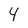
Character: 4